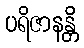
ပရိဇာနန္တိ